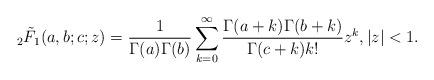
LaTeX: \begin{align*} _2\tilde{F}_1(a,b;c;z) = \frac{1}{\Gamma(a)\Gamma(b)}\sum_{k=0}^\infty\frac{\Gamma(a+k)\Gamma(b+k)}{\Gamma(c+k)k!}z^k, |z|<1.\end{align*}